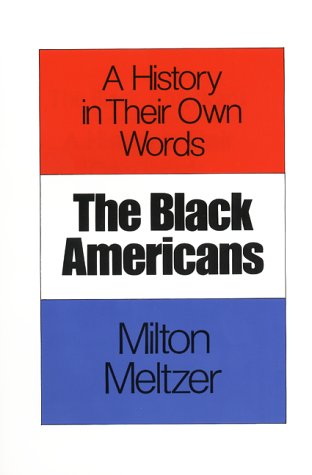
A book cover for The Black Americans: A History in Their Own Words; Milton Meltzer; Teen & Young Adult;